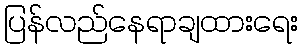
ပြန်လည်နေရာချထားရေး